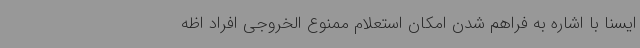
ایسنا با اشاره به فراهم شدن امکان استعلام ممنوع الخروجی افراد اظه